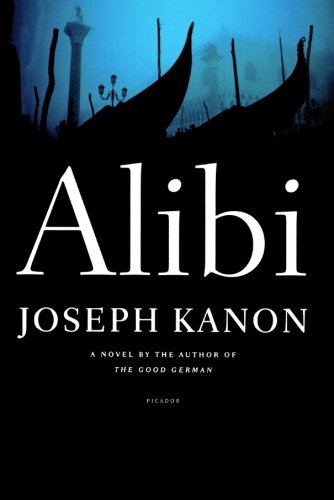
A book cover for Alibi: A Novel; Joseph Kanon; Literature & Fiction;